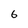
Character: 6